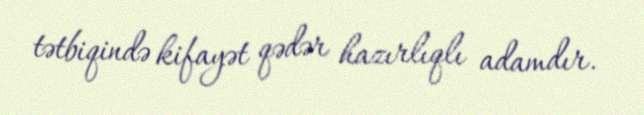
tətbiqində kifayət qədər hazırlıqlı adamdır.